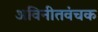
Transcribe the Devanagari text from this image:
अविनीतवंचक